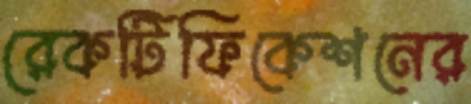
রেকটিফিকেশনের